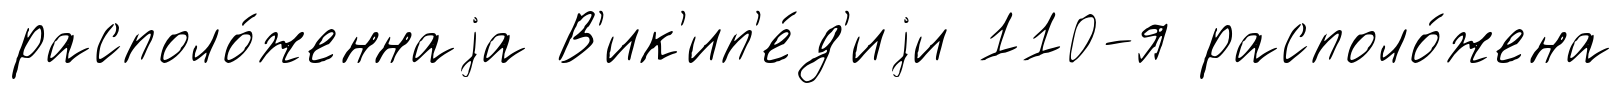
располо́женнаjа В'ик'ип'е́д'иjи 110-я располо́жена